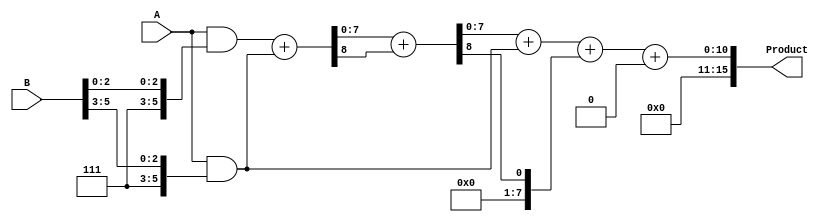
module HigherRadixWallaceTreeMultiplier #(
    parameter N = 8 // Width of input operands
) (
    input [N-1:0] A, // Multiplicand
    input [N-1:0] B, // Multiplier
    output reg [2*N-1:0] Product // Resultant product
);

    // Partial product wires
    wire [N-1:0] pp [0:N/3-1]; // Partial products
    wire [N-1:0] sum1 [0:N/3-1]; // First stage sums
    wire [N-1:0] sum2 [0:N/3-1]; // Second stage sums
    wire [N-1:0] carry1 [0:N/3-1]; // First stage carries
    wire [N-1:0] carry2 [0:N/3-1]; // Second stage carries

    // Generate partial products based on radix-8
    genvar i;
    generate
        for (i = 0; i < N/3; i = i + 1) begin : pp_gen
            assign pp[i] = A & {3'b111, B[i*3 +: 3]};
        end
    endgenerate

    // First stage of Wallace tree (reduce partial products)
    generate
        for (i = 0; i < N/3; i = i + 1) begin : stage1
            if (i < (N/3 - 1)) begin
                // Use a simple adder for the first stage
                assign {carry1[i], sum1[i]} = pp[i] + pp[i+1];
            end else begin
                assign sum1[i] = pp[i];
                assign carry1[i] = 0;
            end
        end
    endgenerate

    // Second stage of Wallace tree (reduce sums and carries)
    generate
        for (i = 0; i < N/3; i = i + 1) begin : stage2
            if (i < (N/3 - 1)) begin
                // Use a simple adder for the second stage
                assign {carry2[i], sum2[i]} = sum1[i] + carry1[i];
            end else begin
                assign sum2[i] = sum1[i];
                assign carry2[i] = 0;
            end
        end
    endgenerate

    // Final addition of the last three rows
    wire [2*N-1:0] final_sum;
    wire [2*N-1:0] final_carry;

    assign {final_carry, final_sum} = {1'b0, sum2[0]} + {1'b0, sum2[1]} + {1'b0, carry2[0]};

    // Assign the final product
    always @(*) begin
        Product = final_sum + final_carry;
    end

endmodule